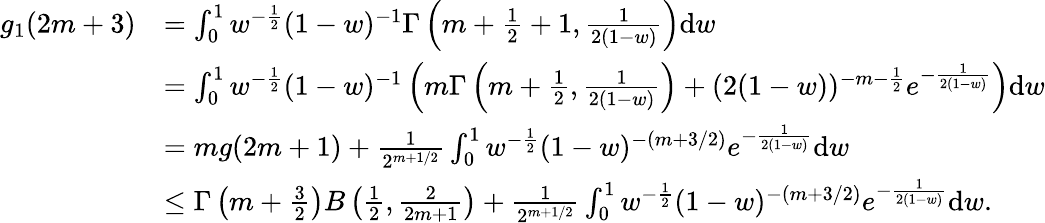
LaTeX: \begin{array}{rl}{g_{1}(2m+3)}&{=\int_{0}^{1}w^{-\frac{1}{2}}(1-w)^{-1}\Gamma\left(m+\frac{1}{2}+1,\frac{1}{2(1-w)}\right)\mathrm{d}w}\\ &{=\int_{0}^{1}w^{-\frac{1}{2}}(1-w)^{-1}\left(m\Gamma\left(m+\frac{1}{2},\frac{1}{2(1-w)}\right)+(2(1-w))^{-m-\frac{1}{2}}e^{-\frac{1}{2(1-w)}}\right)\mathrm{d}w}\\ &{=mg(2m+1)+\frac{1}{2^{m+1/2}}\int_{0}^{1}w^{-\frac{1}{2}}(1-w)^{-(m+3/2)}e^{-\frac{1}{2(1-w)}}\mathrm{d}w}\\ &{\leq\Gamma\left(m+\frac{3}{2}\right)B\left(\frac{1}{2},\frac{2}{2m+1}\right)+\frac{1}{2^{m+1/2}}\int_{0}^{1}w^{-\frac{1}{2}}(1-w)^{-(m+3/2)}e^{-\frac{1}{2(1-w)}}\mathrm{d}w.}\end{array}